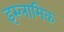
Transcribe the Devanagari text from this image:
इस्लामिक्